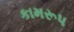
કામરૂપ